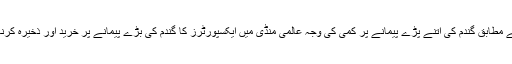
ماہرین کے مطابق گندم کی اتنے پڑے پیمانے پر کمی کی وجہ عالمی منڈی میں ایکسپورٹرز کا گندم کی بڑے پیمانے پر خرید اور ذخیرہ کرنا بھی ہے۔